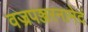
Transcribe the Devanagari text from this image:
वज्रपञ्जरनामेदं